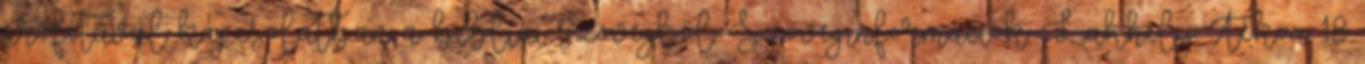
prófétával kapcsolatban a bibliai szövegből. Szöveginformációk: Lakhely: Tékoa 18